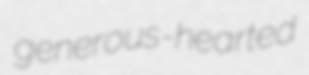
generous-hearted